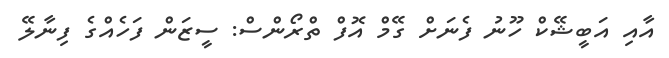
އާއި އަބީޝޭކް ހޫނު ފެނަށް ގޭމް އޮފް ތްރޯންސް: ސީޒަން ފަހެއްގެ ފިނާލޭ